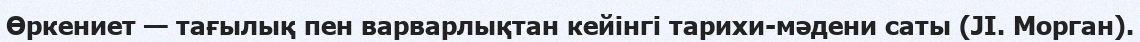
Өркениет — тағылық пен варварлықтан кейінгі тарихи-мәдени саты (JI. Морган).